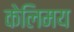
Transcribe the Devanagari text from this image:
केलिमय